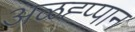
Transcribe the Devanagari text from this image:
अळह्प्पान